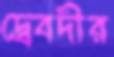
দ্বেবদীর